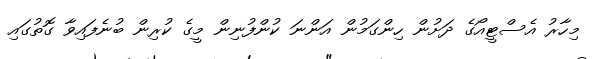
މިހާރު އެސްޓީއޯގެ ދަށުން ހިންގަމުން އަންނަ ކުންފުނިން މީގެ ކުރިން ބުނެފައިވާ ގޮތުގައި